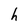
Character: h